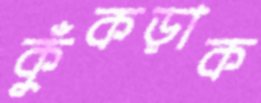
কুঁকড়াক